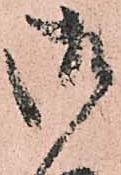
御